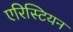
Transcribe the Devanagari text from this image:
एरिस्टियन